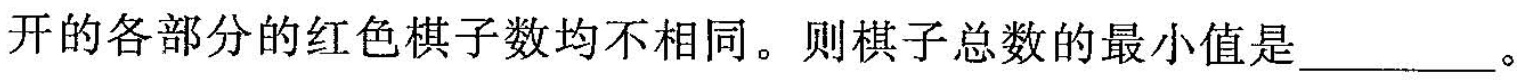
开的各部分的红色棋子数均不相同。则棋子总数的最小值是___。